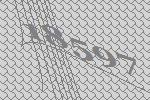
18597